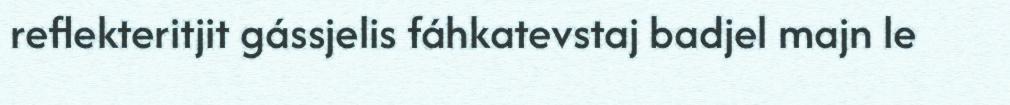
reflekteritjit gássjelis fáhkatevstaj badjel majn le